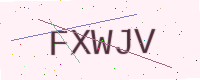
Text: FXWJV